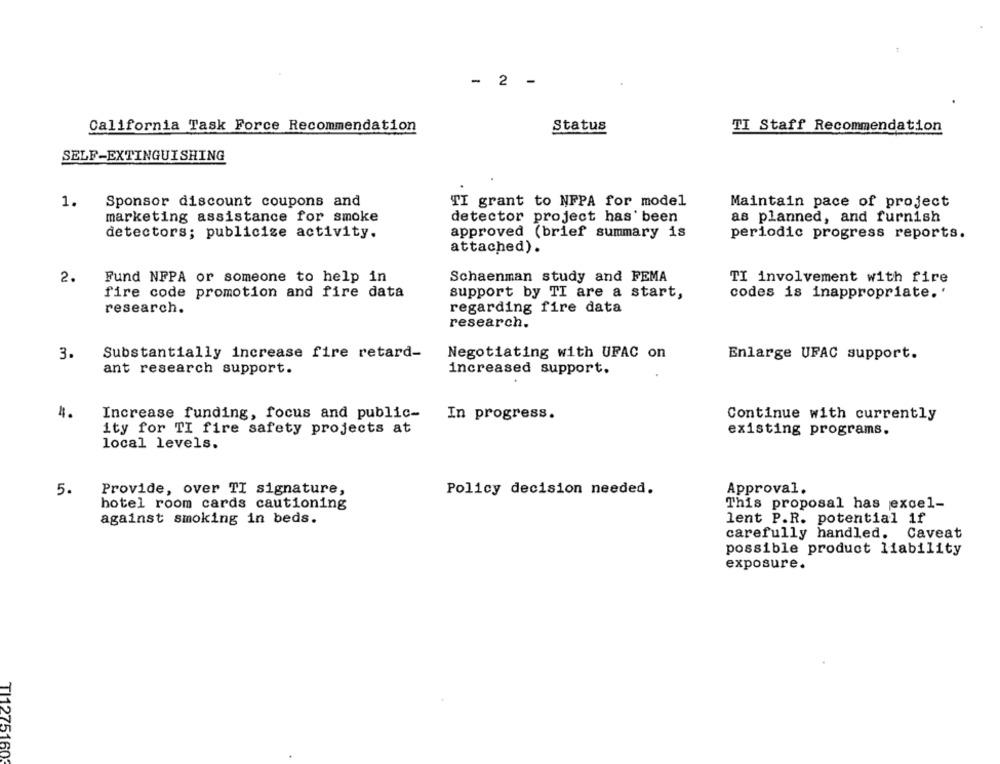
- 2 -
California Task Force Recommendation
Status
TI Staff Recommendation
SELF-EXTINGUISHING
1.
Sponsor discount coupons and
TI grant to NFPA for model
Maintain pace of project
marketing assistance for smoke
detector project has been
as planned, and furnish
detectors; publicize activity.
approved (brief summary is
periodic progress reports.
attached).
2.
Fund NFPA or someone to help in
Schaenman study and FEMA
TI involvement with fire
fire code promotion and fire data
support by TI are a start,
codes is inappropriate.'
research.
regarding fire data
research.
3.
Substantially increase fire retard-
Negotiating with UFAC on
Enlarge UFAC support.
ant research support.
increased support.
4.
Increase funding, focus and public-
In progress.
Continue with currently
ity for TI fire safety projects at
existing programs.
local levels.
5.
Provide, over TI signature,
Policy decision needed.
Approval.
This proposal has excel-
hotel room cards cautioning
against smoking in beds.
lent P.R. potential if
carefully handled. Caveat
possible product liability
exposure.
TI1275160